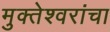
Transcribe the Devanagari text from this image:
मुक्तेश्वरांचा